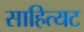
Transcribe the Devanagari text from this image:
साहित्यट